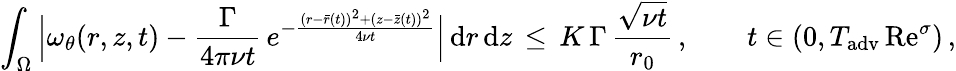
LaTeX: \int_{\Omega}\, \Bigl|\omega_{\theta}(r,z,t)-\frac{\Gamma}{4\pi\nu t}\, e^{-\frac{(r-\bar{r}(t))^{2}+(z-\bar{z}(t))^{2}}{4\nu t}}\Bigr|\, \mathrm{d}r\, \mathrm{d}z\, \le\, K\, \Gamma\, \frac{\sqrt{\nu t}}{r_{0}}\, ,\qquad t\in(0,T_{\mathrm{adv}}\, \mathrm{Re}^{\sigma})\, ,